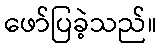
ဖော်ပြခဲ့သည်။